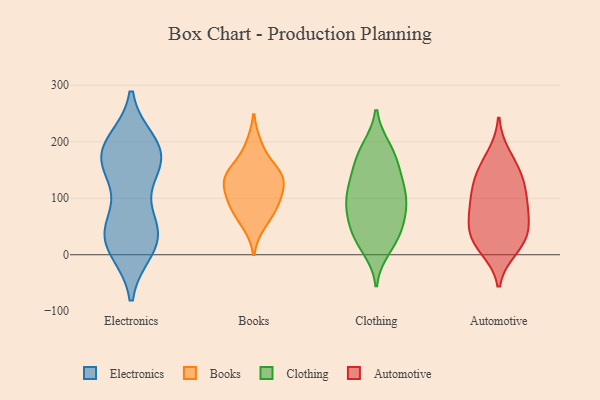
{"axis": {"x": "Shipments", "y": "Value"}, "legend": ["Automotive", "Books", "Clothing", "Electronics"], "data": [{"x": "", "y": 34, "type": "Electronics"}, {"x": "", "y": 138, "type": "Electronics"}, {"x": "", "y": 55, "type": "Electronics"}, {"x": "", "y": 45, "type": "Electronics"}, {"x": "", "y": 186, "type": "Electronics"}, {"x": "", "y": 48, "type": "Electronics"}, {"x": "", "y": 179, "type": "Electronics"}, {"x": "", "y": 186, "type": "Electronics"}, {"x": "", "y": 158, "type": "Electronics"}, {"x": "", "y": 13, "type": "Electronics"}, {"x": "", "y": 25, "type": "Electronics"}, {"x": "", "y": 178, "type": "Electronics"}, {"x": "", "y": 164, "type": "Electronics"}, {"x": "", "y": 197, "type": "Electronics"}, {"x": "", "y": 11, "type": "Electronics"}, {"x": "", "y": 194, "type": "Books"}, {"x": "", "y": 142, "type": "Books"}, {"x": "", "y": 85, "type": "Books"}, {"x": "", "y": 119, "type": "Books"}, {"x": "", "y": 150, "type": "Books"}, {"x": "", "y": 142, "type": "Books"}, {"x": "", "y": 99, "type": "Books"}, {"x": "", "y": 80, "type": "Books"}, {"x": "", "y": 54, "type": "Books"}, {"x": "", "y": 128, "type": "Books"}, {"x": "", "y": 65, "type": "Clothing"}, {"x": "", "y": 119, "type": "Clothing"}, {"x": "", "y": 44, "type": "Clothing"}, {"x": "", "y": 23, "type": "Clothing"}, {"x": "", "y": 90, "type": "Clothing"}, {"x": "", "y": 24, "type": "Clothing"}, {"x": "", "y": 129, "type": "Clothing"}, {"x": "", "y": 41, "type": "Clothing"}, {"x": "", "y": 100, "type": "Clothing"}, {"x": "", "y": 102, "type": "Clothing"}, {"x": "", "y": 155, "type": "Clothing"}, {"x": "", "y": 64, "type": "Clothing"}, {"x": "", "y": 161, "type": "Clothing"}, {"x": "", "y": 132, "type": "Clothing"}, {"x": "", "y": 99, "type": "Clothing"}, {"x": "", "y": 176, "type": "Clothing"}, {"x": "", "y": 10, "type": "Clothing"}, {"x": "", "y": 190, "type": "Clothing"}, {"x": "", "y": 190, "type": "Clothing"}, {"x": "", "y": 75, "type": "Clothing"}, {"x": "", "y": 122, "type": "Automotive"}, {"x": "", "y": 142, "type": "Automotive"}, {"x": "", "y": 175, "type": "Automotive"}, {"x": "", "y": 20, "type": "Automotive"}, {"x": "", "y": 37, "type": "Automotive"}, {"x": "", "y": 89, "type": "Automotive"}, {"x": "", "y": 111, "type": "Automotive"}, {"x": "", "y": 49, "type": "Automotive"}, {"x": "", "y": 72, "type": "Automotive"}, {"x": "", "y": 30, "type": "Automotive"}, {"x": "", "y": 11, "type": "Automotive"}, {"x": "", "y": 148, "type": "Automotive"}, {"x": "", "y": 82, "type": "Automotive"}]}